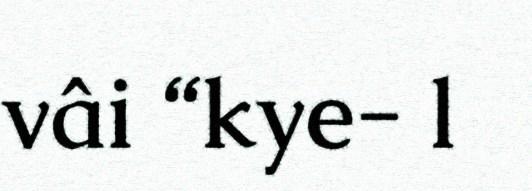
vâi “kye- l